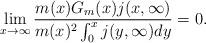
LaTeX: \begin{align*} \lim_{x \to \infty}\frac{m(x)G_m(x)j(x,\infty)}{m(x)^2\int_{0}^{x}j(y,\infty)dy} = 0. \end{align*}